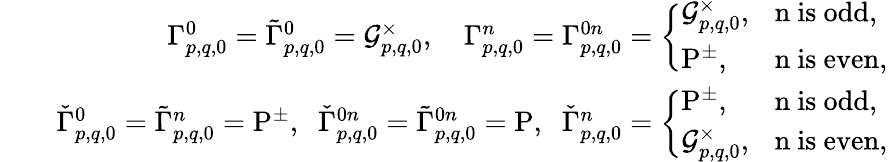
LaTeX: \begin{array}{rlr}{\! \! \! \! \! \! \! \! \! \! \! \! \! \! \! \! \! \! \! \! \! \! }&{}&{{\Gamma}_{p,q,0}^{0}=\tilde{\Gamma}_{p,q,0}^{0}=\mathcal{G}_{p,q,0}^{\times},\quad{\Gamma}_{p,q,0}^{n}={\Gamma}_{p,q,0}^{0n}=\left\lbrace\begin{array}{lll}{\mathcal{G}_{p,q,0}^{\times},\! \! \! \! \! \! \! \! }&&{\mathrm{~n~is~odd},}\\ {\mathrm{P}^{\pm},\! \! \! \! \! \! \! \! }&&{\mathrm{~n~is~even},}\end{array}\right.}\\ {\! \! \! \! \! \! \! \! \! \! \! \! \! \! \! \! \! \! \! \! \! \! }&{}&{\check{\Gamma}_{p,q,0}^{0}=\tilde{\Gamma}_{p,q,0}^{n}=\mathrm{P}^{\pm},\; \; \check{\Gamma}_{p,q,0}^{0n}=\tilde{\Gamma}_{p,q,0}^{0n}=\mathrm{P},\; \; \check{\Gamma}_{p,q,0}^{n}=\left\lbrace\begin{array}{lll}{\mathrm{P}^{\pm},\! \! \! \! \! \! \! \! }&&{\mathrm{~n~is~odd},}\\ {\mathcal{G}_{p,q,0}^{\times},\! \! \! \! \! \! \! \! }&&{\mathrm{~n~is~even},}\end{array}\right.}\end{array}